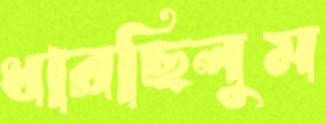
ধারছিলুম